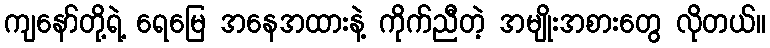
ကျနော်တို့ရဲ့ ရေမြေ အနေအထားနဲ့ ကိုက်ညီတဲ့ အမျိုးအစားတွေ လိုတယ်။